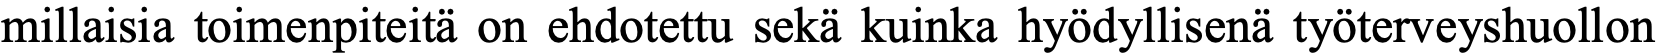
millaisia toimenpiteitä on ehdotettu sekä kuinka hyödyllisenä työterveyshuollon